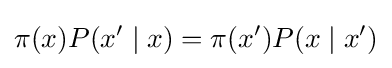
\pi (x)P(x'\mid x)=\pi (x')P(x\mid x')